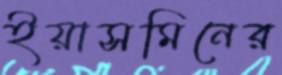
ইয়াসমিনের